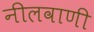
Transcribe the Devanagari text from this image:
नीलवाणी